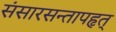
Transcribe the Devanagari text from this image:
संसारसन्तापहृत्